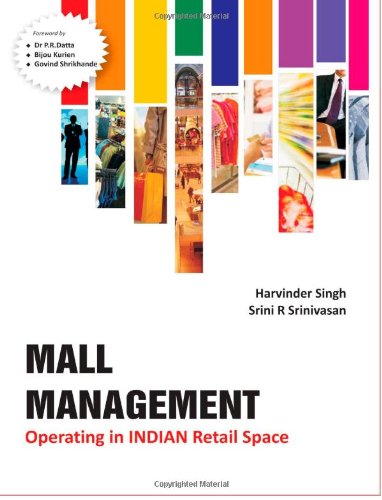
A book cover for Mall Management: Operating in Indian Retail Space; Harvinder Singh; Business & Money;